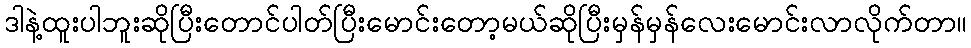
ဒါနဲ့ထူးပါဘူးဆိုပြီးတောင်ပါတ်ပြီးမောင်းတော့မယ်ဆိုပြီးမှန်မှန်လေးမောင်းလာလိုက်တာ။